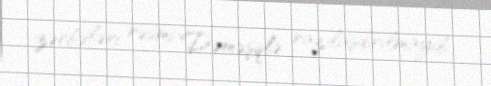
zərbələri rəsmi Dəməşqlə razılaşdırılmayıb.